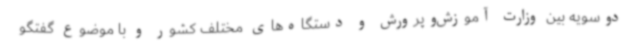
دوسویه بین وزارت آموزش‌وپرورش و دستگاه‌های مختلف کشور و با موضوع گفتگو